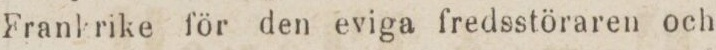
Frankrike för den eviga fredsstöraren och